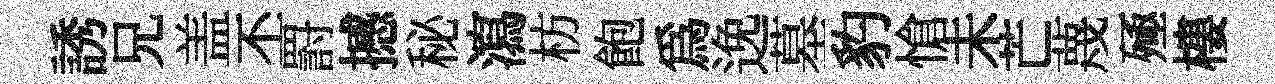
誘兄盖丕罸撼秘瀉枋飽為𨓜墓豹愴未芒蔑殛樓